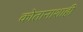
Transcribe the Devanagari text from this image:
कोतानाशाही